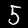
Digit: 5